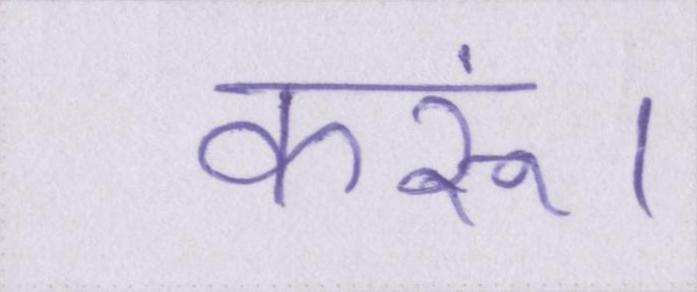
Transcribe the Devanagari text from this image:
करूं।